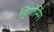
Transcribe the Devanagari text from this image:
झियोमिंग